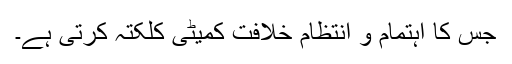
جس کا اہتمام و انتظام خلافت کمیٹی کلکتہ کرتی ہے۔